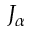
J _ { \alpha }